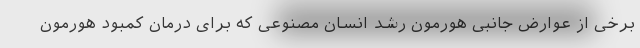
برخی از عوارض جانبی هورمون رشد انسان مصنوعی که برای درمان کمبود هورمون